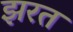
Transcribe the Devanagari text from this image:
झरत